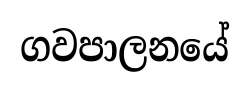
ගවපාලනයේ